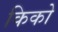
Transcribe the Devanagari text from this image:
किको